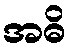
အဓိ